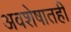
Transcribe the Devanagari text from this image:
अवशेषातही